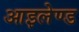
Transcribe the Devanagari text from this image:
आइलेण्ड